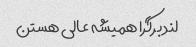
لند برگرا همیشه عالی هستن